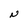
Character: N